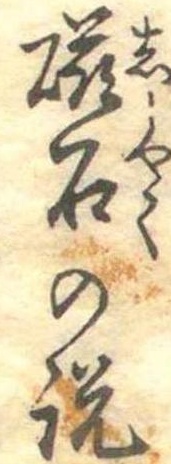
磁石の説